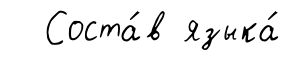
Соста́в языка́